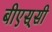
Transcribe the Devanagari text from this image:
बीएस्‌सी